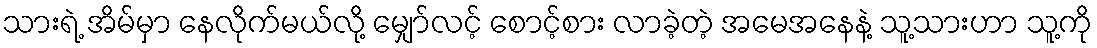
သားရဲ့ အိမ်မှာ နေလိုက်မယ်လို့ မျှော်လင့် စောင့်စား လာခဲ့တဲ့ အမေအနေနဲ့ သူ့သားဟာ သူ့ကို